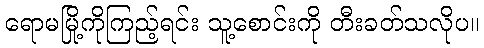
ရောမမြို့ကိုကြည့်ရင်း သူ့စောင်းကို တီးခတ်သလိုပ။